Report of the Indian Hemp Drugs Commission, 1894-1895 - Volume V
Year: 1894
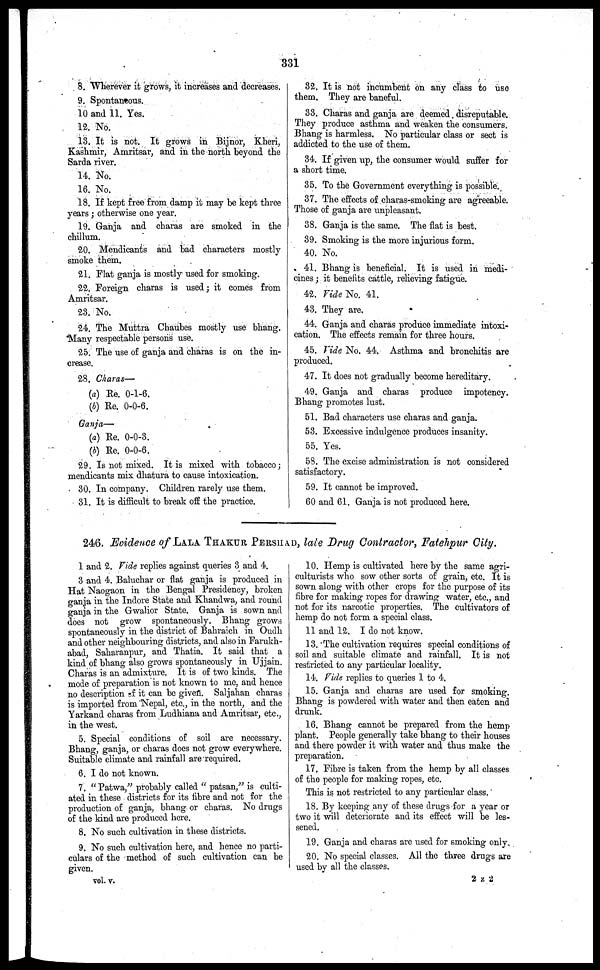
331
8. Wherever it grows, it increases and decreases.
9. Spontaneous.
10 and 11. Yes.
12. No.
13. It is not. It grows in Bijnor, Kheri,
Kashmir, Amritsar, and in the north beyond the
Sarda river.
14. No.
16. No.
18. If kept free from damp it may be kept three
years ; otherwise one year.
19. Ganja and charas are smoked in the
chillum.
20. Mendicants and bad characters mostly
smoke them.
21. Flat ganja is mostly used for smoking.
22. Foreign charas is used ; it comes from
Amritsar.
23. No.
24. The Muttra Chaubes mostly use bhang.
Many respectable persons use.
25. The use of ganja and charas is on the in-
crease.
28. Charas—
(a) Re. 0-1-6.
(b) Re. 0-0-6.
Ganja—
(a) Re. 0-0-3.
(b) Re. 0-0-6.
29. Is not mixed. It is mixed with tobacco ;
mendicants mix dhatura to cause intoxication.
30. In company. Children rarely use them.
31. It is difficult to break off the practice.
32. It is not incumbent on any class to use
them. They are baneful.
33. Charas and ganja are deemed. disreputable.
They produce asthma and weaken the consumers.
Bhang is harmless. No particular class or sect is
addicted to the use of them.
34. If given up, the consumer would suffer for
a short time.
35. To the Government everything is possible.
37. The effects of charas-smoking are agreeable.
Those of ganja are unpleasant.
38. Ganja is the same. The flat is best.
39. Smoking is the more injurious form.
40. No.
41. Bhang is beneficial. It is used in medi-
cines ; it benefits cattle, relieving fatigue.
42. Vide No. 41.
43. They are.
44. Ganja and charas produce immediate intoxi-
cation. The effects remain for three hours.
45. Vide No. 44. Asthma and bronchitis are
produced.
47. It does not gradually become hereditary.
49. Ganja and charas produce impotency.
Bhang promotes lust.
51. Bad characters use charas and ganja.
53. Excessive indulgence produces insanity.
55. Yes.
5S. The excise administration is not considered
satisfactory.
59. It cannot be improved.
60 and 61. Ganja is not produced here.
246. Evidence of LALA THAKUR PERSHAD, late Drug Contractor, Fatehpur City.
1 and 2. Vide replies against queries 3 and 4.
3 and 4. Baluchar or fiat ganja is produced in
Hat Naogaon in the Bengal Presidency, broken
ganja in the Indore State and Khandwa, and round
ganja in the Gwalior State. Ganja is sown and
does not grow spontaneously. Bhang grows
spontaneously in the district of Bahraich in Oudh
and other neighbouring districts, and also in Farukh-
abad, Saharanpur, and Thatia. It said that a
kind of bhang also grows spontaneously in Ujjain.
Charas is an admixture. It is of two kinds. The
mode of preparation is not known to me, and hence
no description of it can be given. Saljahan charas
is imported from Nepal, etc., in the north, and the
Yarkand charas from Ludhiana and Amritsar, etc.,
in the west.
5. Special conditions of soil are necessary.
Bhang, ganja, or charas docs not grow everywhere.
Suitable climate and rainfall are required.
6. I do not known.
7. "Patwa," probably called "patsan," is culti-
ated in these districts for its fibre and not for the
production of ganja, bhang or charas. No drugs
of the kind are produced here.
8. No such cultivation in these districts.
9. No such cultivation here, and hence no parti-
culars of the method of such cultivation can be
given.
vol. v.
10. Hemp is cultivated here by the same agri-
culturists who sow other sorts of grain, etc. It is
sown along with other crops for the purpose of its
fibre for making ropes for drawing water, etc., and
not for its narcotic properties. The cultivators of
hemp do not form a special class.
11 and 12. I do not know.
13. The cultivation requires special conditions of
soil and suitable climate and rainfall. It is not
restricted to any particular locality.
14. Fide replies to queries 1 to 4.
15. Ganja and charas are used for smoking.
Bhang is powdered with water and then eaten and
drunk.
16. Bhang cannot be prepared from the hemp
plant. People generally take bhang to their houses
and there powder it with water and thus make the
preparation.
17. Fibre is taken from the hemp by all classes
of the people for making ropes, etc.
This is not restricted to any particular class.
18. By keeping any of these drugs for a year or
two it will deteriorate and its effect will be les-
sened.
19. Ganja and charas are used for smoking only.
20. No special classes. All the three drugs are
used by all the classes.
2 Z 2